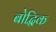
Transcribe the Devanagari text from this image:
बोद्धिक